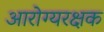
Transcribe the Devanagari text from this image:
आरोग्यरक्षक